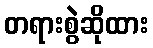
တရားစွဲဆိုထား